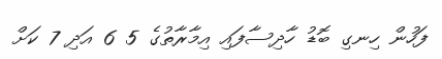
ފަހުން ހިނގި ބޮޑު ހާދިސާފައި އިމާރާތުގެ 5 6 އަދި 7 ކަށް